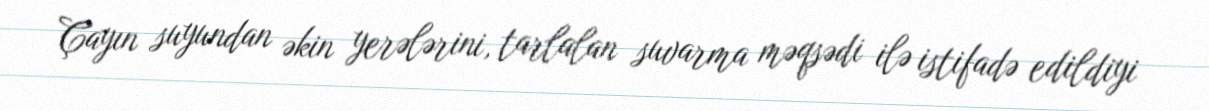
Çayın suyundan əkin yerələrini, tarlalan suvarma məqsədi ilə istifadə edildiyi